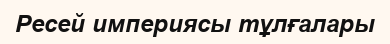
Ресей империясы тұлғалары